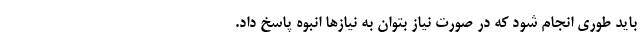
باید طوری انجام شود که در صورت نیاز بتوان به نیازها انبوه پاسخ داد.